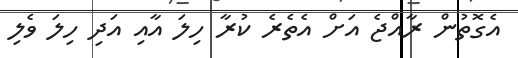
އެގޮތުން ރާއްޖެ އަށް އެތެރެ ކުރާ ހިލަ އާއި އަދި ހިލަ ވެލި